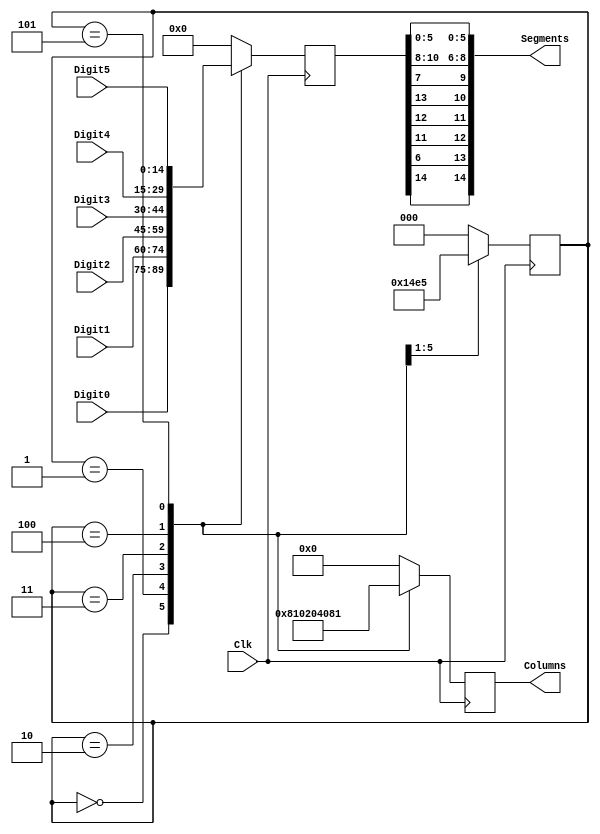
// Verilog HDL for "COMP12111", "display_scan" "functional"


module Segments_Scan(
input wire Clk,
output reg [5:0]   Columns,
input wire [14:0]  Digit5,
input wire [14:0]  Digit4, 
input wire [14:0]  Digit3, 
input wire [14:0]  Digit2, 
input wire [14:0]  Digit1, 
input wire [14:0]  Digit0,
output reg [14:0]  Segments
);

reg  [2:0]  state;
reg  [14:0] Segments_raw;

// Display scanner
// Segments active high
always @ (posedge Clk)				
 case (state)
    0:begin state <= 1; Segments_raw <= Digit0; Columns <= 6'b100_000; end
    1:begin state <= 2; Segments_raw <= Digit1; Columns <= 6'b010_000; end
    2:begin state <= 3; Segments_raw <= Digit2; Columns <= 6'b001_000; end
    3:begin state <= 4; Segments_raw <= Digit3; Columns <= 6'b000_100; end
    4:begin state <= 5; Segments_raw <= Digit4; Columns <= 6'b000_010; end
    5:begin state <= 0; Segments_raw <= Digit5; Columns <= 6'b000_001; end
    default : begin state <= 0; Segments_raw <= 0; Columns <= 6'b000_000; end
 endcase 
    
always @(*)
 begin
  Segments[0] = Segments_raw[0];
  Segments[1] = Segments_raw[1];
  Segments[2] = Segments_raw[2];
  Segments[3] = Segments_raw[3];
  Segments[4] = Segments_raw[4];
  Segments[5] = Segments_raw[5];
  Segments[13] = Segments_raw[6];
  Segments[9] = Segments_raw[7];
  Segments[6] = Segments_raw[8];
  Segments[7]  = Segments_raw[9];
  Segments[8]  = Segments_raw[10];
  Segments[12]  = Segments_raw[11];
  Segments[11]  = Segments_raw[12];
  Segments[10]  = Segments_raw[13];
  Segments[14] = Segments_raw[14];
 end

endmodule